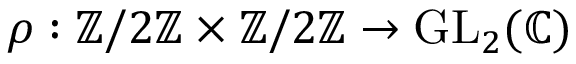
\rho : \mathbb { Z } / 2 \mathbb { Z } \times \mathbb { Z } / 2 \mathbb { Z } \to { \mathrm { G L } } _ { 2 } ( \mathbb { C } )